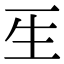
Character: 𤯔